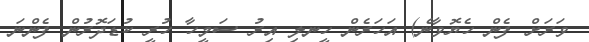
ވަރަށް ފެން ހެޔޮވާނެ) އަހަރެން ހީނލި އިރު ސަމީހާ ހުރީ ކުޑަދޮރުން ފެންނަ